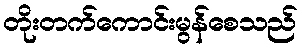
တိုးတက်ကောင်းမွန်စေသည်